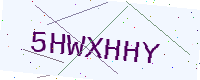
Text: 5HWXHHY